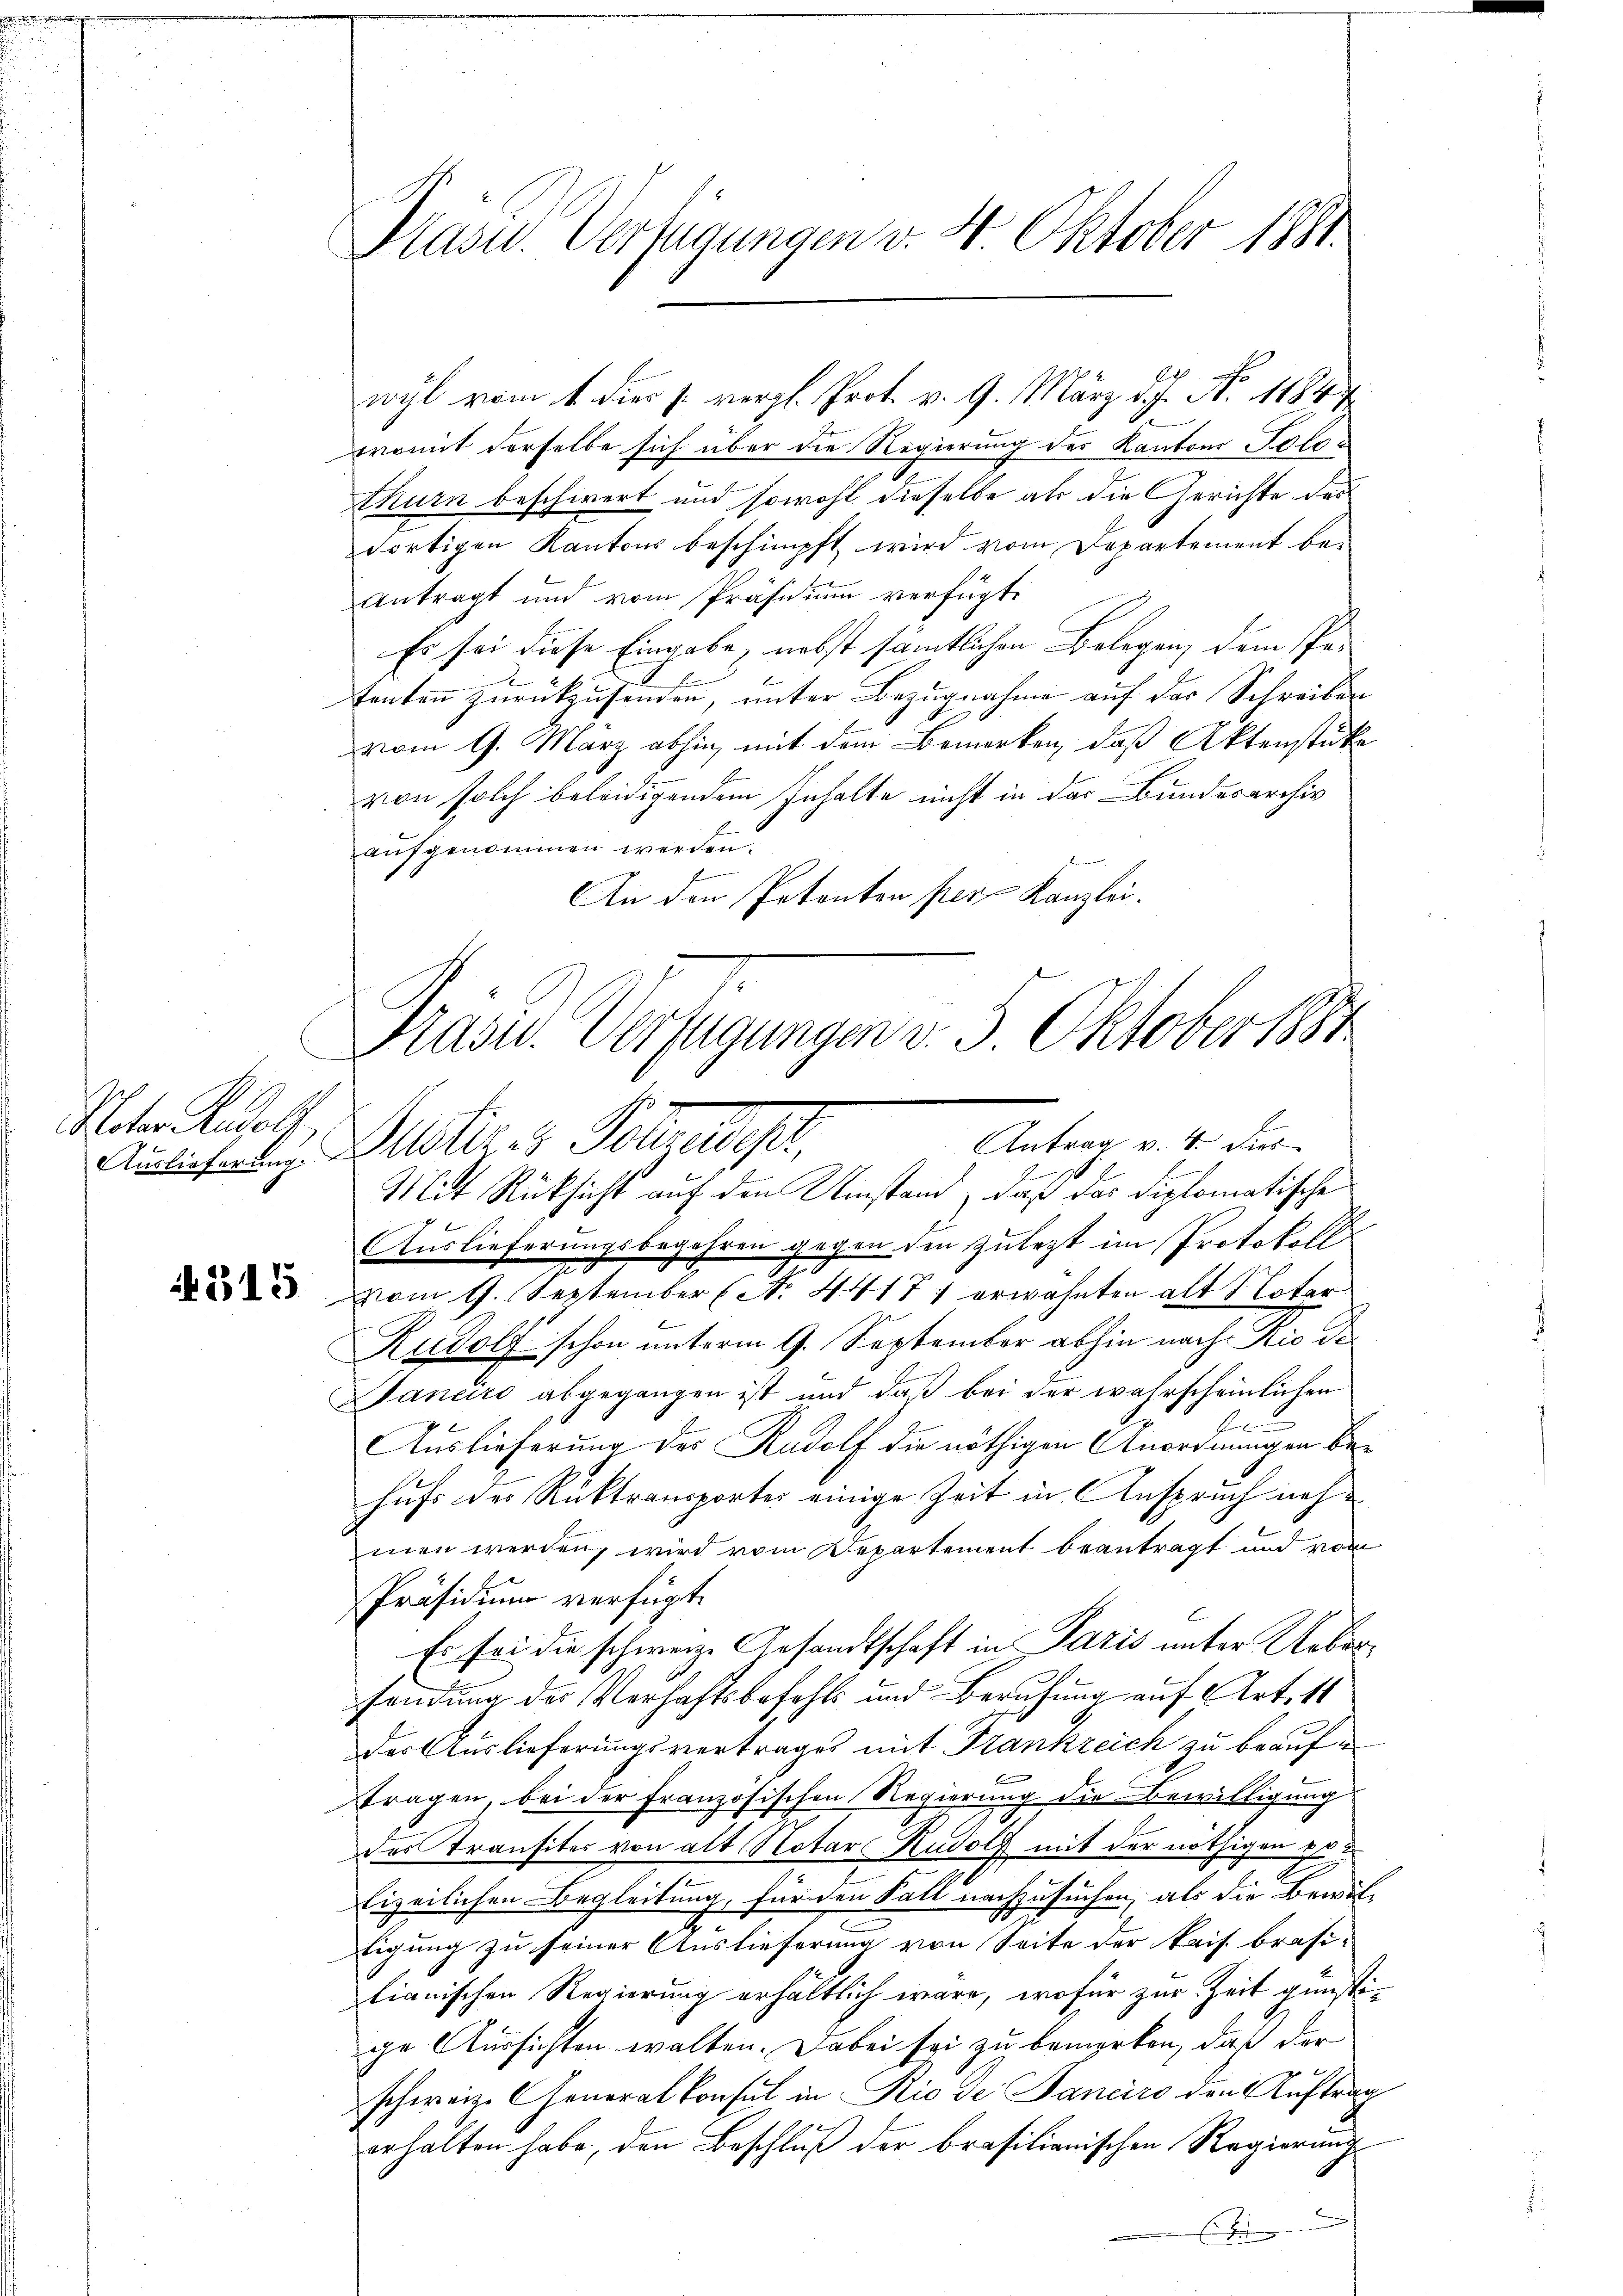
Notor Rudolf,

315

Pasu. Verfügungen v. 4. Oktober 1881.

womit derselbe sich über die Regierung des Kantons Polai
thurn beschwert und sowohl dieselbe als die Gerichte des
dortigen Kantons beschimpft wird vom Departement be-
antragt und vom Präsidium verfügte
Es sei diese Eingabe, nebst sämtlichen Belegen, dem Petenten zurückzusenden, unter Bezugnahme auf der Schreiben
vom 9. März abhin, mit dem Bemerken, daß Aktenstücke
von solch beleidigendem Inhalte nicht in das Bundesarchiv
aufgenommen werden.
An den Petenten per Kanzlei.
7
Mit Rücksicht auf den Umstand, daß das diplomatische
Auslieferungsbegehren gegen den zulezt im Protokoll
vom 9. September No. 4417. erwähnten alt Noter
Rudolf schon unterm 9. September abhin nach Rio de
Janeiro abgegangen ist und daß bei der wahrscheinlichen
f
Auslieferung des Rudolf die nöthigen Anordnungen behufs der Rücktransportes einige Zeit in Anspruch nahmen werden, wird vom Departement beantragt und vom
Präsidium verfügt:
Es sei die schweiz. Gesandtschaft in Paris unter Uebersendung der Verhaftsbefehls und Berufung auf Art. 11
der Auslieferungsvertrages mit Frankreich zu beauftragen, bei der Französischen Regierung die Bewilligung
des Transites von alt Notar Rudolf mit der nöthigen 8t
fizeilichen Begleitung, für den Fall nachzusuchen, als die Bewil¬
.
tigung zu seiner Auslieferung von Seite der kais. brasi-
lianischen Regierung erhältlich wäre, wofür zur Zeit gunste
ge Aussichten walten. Dabei sei zu bemerken, daß der
schweiz. Generalkonsul in Rio de Janeiro den Auftrag
erhalten habe, den Beschluß der brasilianischen Regierungs
Er erten

Pasu. Verfügungen v. 3. Oktober 1881

wyl vom 1. dies s. vergl. Prof. v. 9. März d. J. No. 1847

Antrag v. 4. Dies
Ausichert z. Bestir - Polizeidisch,